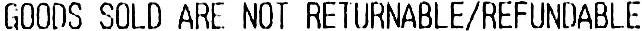
GOODS SOLD ARE NOT RETURNABLE/REFUNDABLE